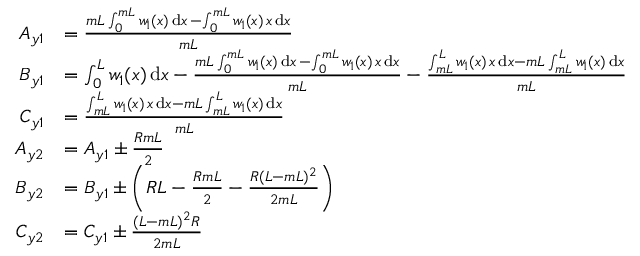
\begin{array} { r l } { A _ { y 1 } } & { = \frac { m L \int _ { 0 } ^ { m L } w _ { 1 } ( x ) \, \mathrm { d } x \, - \int _ { 0 } ^ { m L } w _ { 1 } ( x ) \, x \, \mathrm { d } x } { m L } } \\ { B _ { y 1 } } & { = \int _ { 0 } ^ { L } w _ { 1 } ( x ) \, \mathrm { d } x - \frac { m L \int _ { 0 } ^ { m L } w _ { 1 } ( x ) \, \mathrm { d } x \, - \int _ { 0 } ^ { m L } w _ { 1 } ( x ) \, x \, \mathrm { d } x } { m L } - \frac { \int _ { m L } ^ { L } w _ { 1 } ( x ) \, x \, \mathrm { d } x - m L \int _ { m L } ^ { L } w _ { 1 } ( x ) \, \mathrm { d } x } { m L } } \\ { C _ { y 1 } } & { = \frac { \int _ { m L } ^ { L } w _ { 1 } ( x ) \, x \, \mathrm { d } x - m L \int _ { m L } ^ { L } w _ { 1 } ( x ) \, \mathrm { d } x } { m L } } \\ { A _ { y 2 } } & { = A _ { y 1 } \pm \frac { R m L } { 2 } } \\ { B _ { y 2 } } & { = B _ { y 1 } \pm \bigg ( R L - \frac { R m L } { 2 } - \frac { R ( L - m L ) ^ { 2 } } { 2 m L } \bigg ) } \\ { C _ { y 2 } } & { = C _ { y 1 } \pm \frac { ( L - m L ) ^ { 2 } R } { 2 m L } } \end{array}